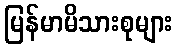
မြန်မာမိသားစုများ